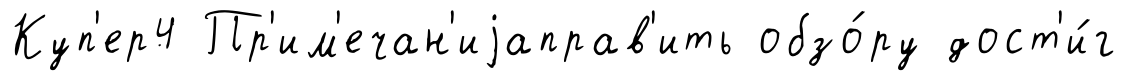
Куп'ер4 Пр'им'ечан'иjаправ'ить обзо́ру дост'и́г